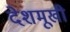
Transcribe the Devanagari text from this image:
देशमूखी